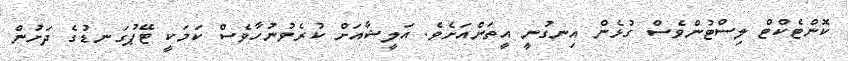
ކޮންޓެކްޓް ލިސްޓުންވެސް ގުޅެން އިނގުނީ އީތަންއަށެެވެ. އަލީޝާއަށް ކުރެވުނުހާވެސް ކަމަކީ ޓޭޕުގަނޑުގެ ދަށުން